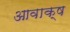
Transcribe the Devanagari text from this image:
आवाक्ष